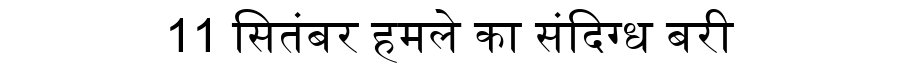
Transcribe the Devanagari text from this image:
11 सितंबर हमले का संदिग्ध बरी